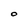
Character: O